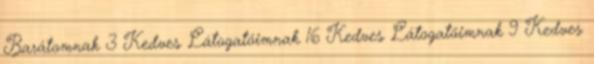
Barátomnak 3 Kedves Látogatóimnak 16 Kedves Látogatóimnak 9 Kedves